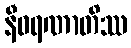
နီဝရဏာတိဿ